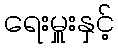
ရေးမှူးနှင့်